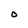
Character: O